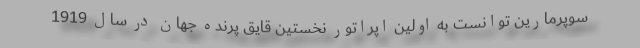
سوپرمارین توانست به اولین اپراتور نخستین قایق پرنده جهان در سال 1919